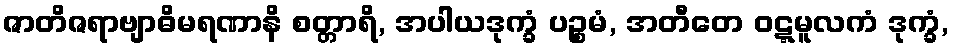
ဇာတိဇရာဗျာဓိမရဏာနိ စတ္တာရိ, အပါယဒုက္ခံ ပဉ္စမံ, အတီတေ ဝဋ္ဋမူလကံ ဒုက္ခံ,